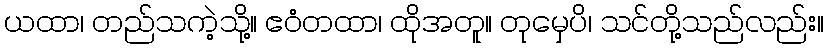
ယထာ၊ တည်သကဲ့သို့။ ဧဝံတထာ၊ ထိုအတူ။ တုမှေပိ၊ သင်တို့သည်လည်း။